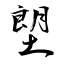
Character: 塱